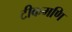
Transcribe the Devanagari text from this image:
टीकमणि